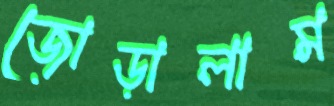
জোড়ালাম